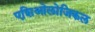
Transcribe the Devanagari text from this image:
एशिओलोजिकल